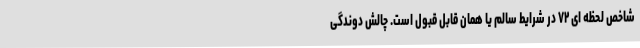
شاخص لحظه ای ۷۲ در شرایط سالم یا همان قابل قبول است. چالش دوندگیِ